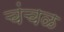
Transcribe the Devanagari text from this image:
चंचळ